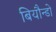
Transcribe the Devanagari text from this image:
बियौन्डो